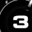
Digit: 3